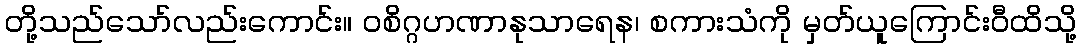
တို့သည်သော်လည်းကောင်း။ ဝစိဂ္ဂဟဏာနုသာရေန၊ စကားသံကို မှတ်ယူကြောင်းဝီထိသို့